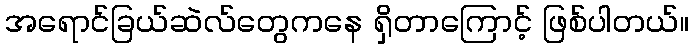
အရောင်ခြယ်ဆဲလ်တွေကနေ ရှိတာကြောင့် ဖြစ်ပါတယ်။